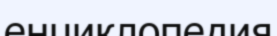
енциклопедия